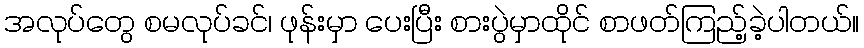
အလုပ်တွေ စမလုပ်ခင်၊ ဖုန်းမှာ ပေးပြီး စားပွဲမှာထိုင် စာဖတ်ကြည့်ခဲ့ပါတယ်။